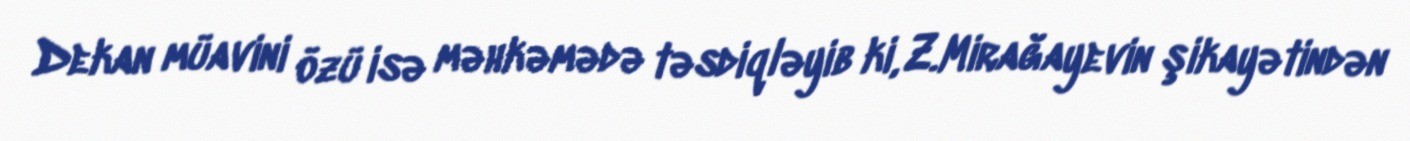
Dekan müavini özü isə məhkəmədə təsdiqləyib ki, Z.Mirağayevin şikayətindən